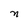
Character: n